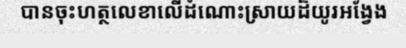
បានចុះហត្ថលេខាលើដំណោះស្រាយដ៏យូរអង្វែង